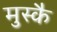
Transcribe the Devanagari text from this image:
मुस्कै